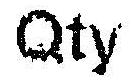
QTY